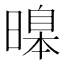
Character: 𣊊